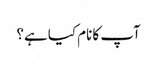
آپ کا نام کیا ہے؟